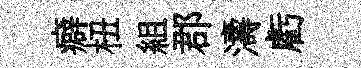
癖杻組郡濤虧